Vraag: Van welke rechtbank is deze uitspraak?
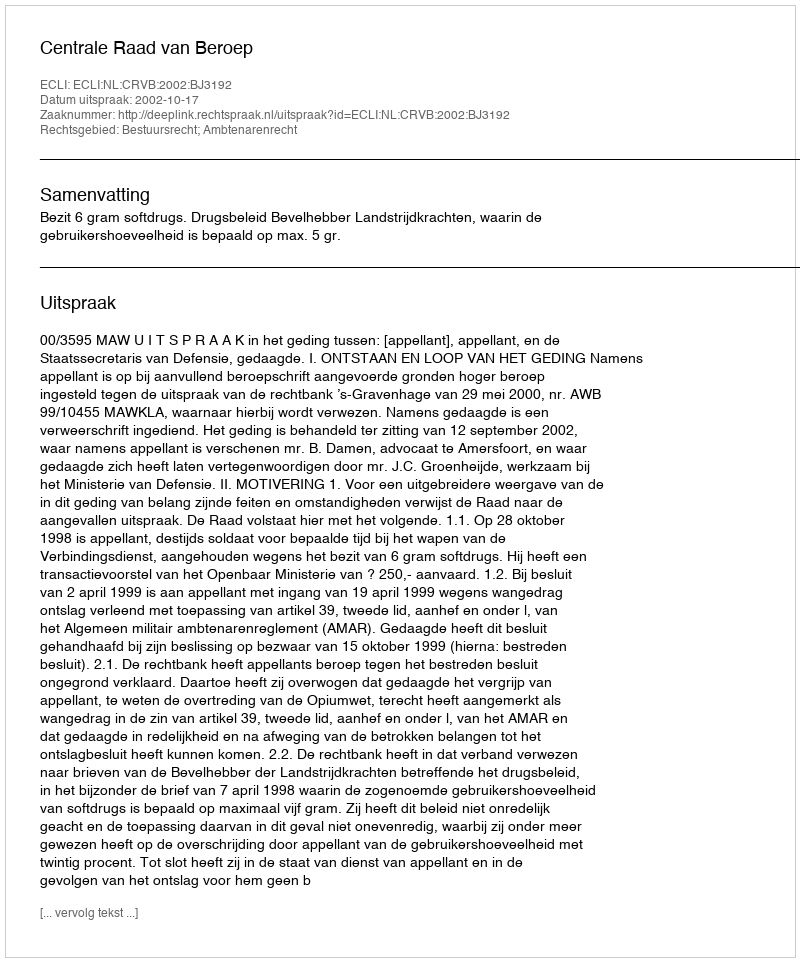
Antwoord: Centrale Raad van Beroep